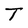
Character: T